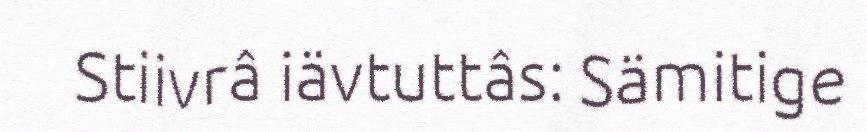
Stiivrâ iävtuttâs: Sämitige